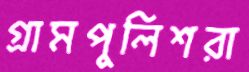
গ্রামপুলিশরা